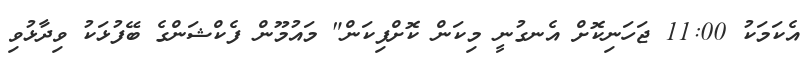
އެކަމަކު 11:00 ޖަހަނިކޮށް އެނގުނީ މިކަން ކޮށްފިކަން" މައުމޫން ފެކްޝަންގެ ބޭފުޅަކު ވިދާޅުވި